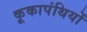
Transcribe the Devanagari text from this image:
कूकापंथियों